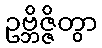
ဥဗ္ဘိဇ္ဇိတွာ